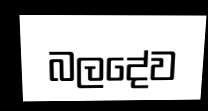
බලදේව